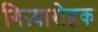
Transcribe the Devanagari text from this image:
गिऱ्यारोहक